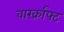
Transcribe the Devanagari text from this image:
वारर्क्राफ्ट